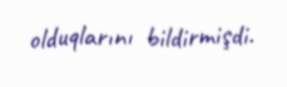
olduqlarını bildirmişdi.